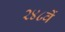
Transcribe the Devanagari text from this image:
२४८वें